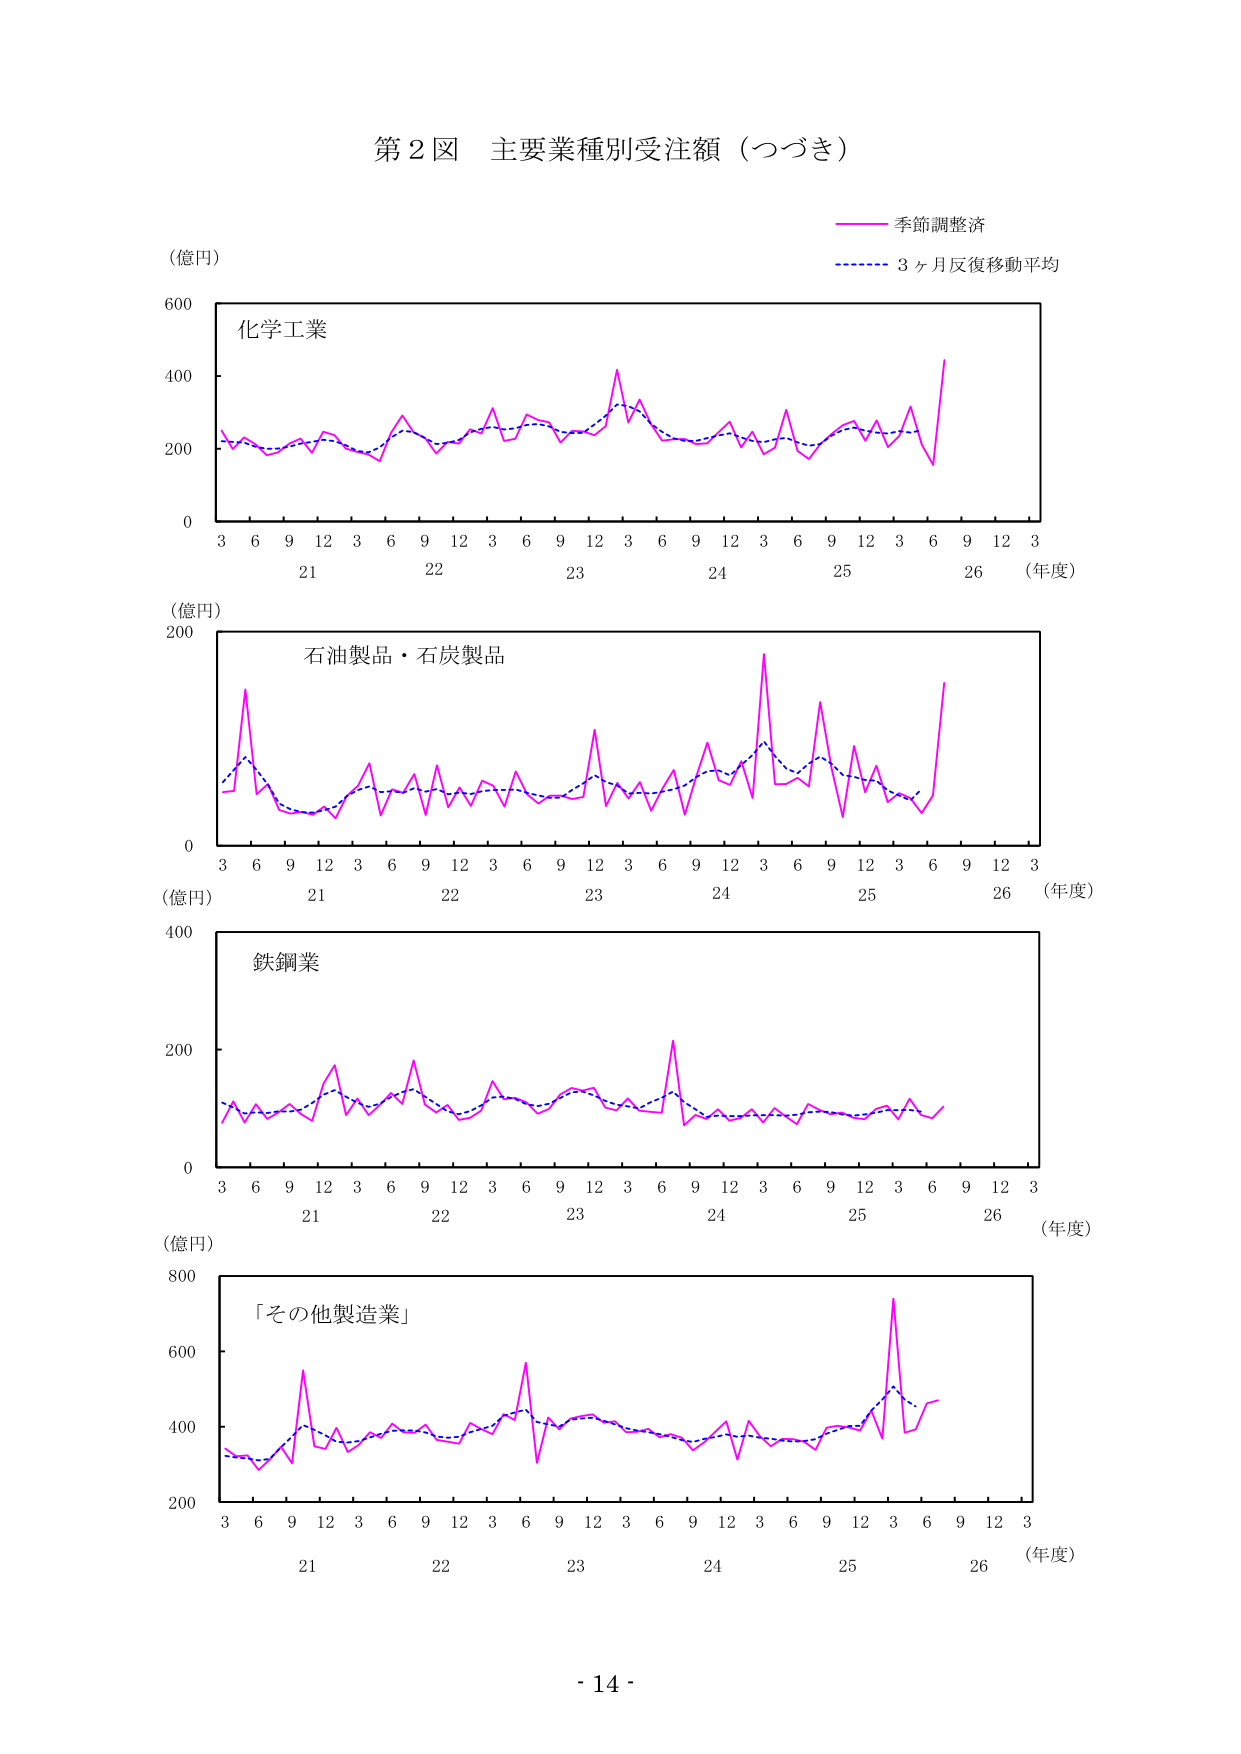
第２図 主要業種別受注額（つづき）

（億円）

化学工業

季節調整済
3ヶ月反復移動平均

（年度）
3 6 9 12 3 6 9 12 3 6 9 12 3 6 9 12 3 6 9 12 3
21 22 23 24 25 26

（億円）

石油製品・石炭製品

（年度）
3 6 9 12 3 6 9 12 3 6 9 12 3 6 9 12 3 6 9 12 3
21 22 23 24 25 26

（億円）

鉄鋼業

（年度）
3 6 9 12 3 6 9 12 3 6 9 12 3 6 9 12 3 6 9 12 3
21 22 23 24 25 26

（億円）

「その他製造業」

（年度）
3 6 9 12 3 6 9 12 3 6 9 12 3 6 9 12 3 6 9 12 3
21 22 23 24 25 26

- 14 -